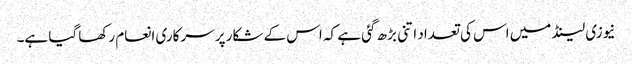
نیوزی لینڈ میں اس کی تعداد اتنی بڑھ گئی ہے کہ اس کے شکار پر سرکاری انعام رکھا گیا ہے۔